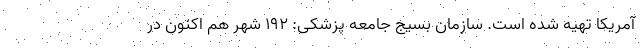
آمریکا تهیه شده است. سازمان بسیج جامعه پزشکی: 192 شهر هم اکنون در